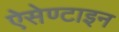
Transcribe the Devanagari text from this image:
ऐसेण्टाइन